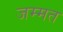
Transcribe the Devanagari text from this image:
जम्मत